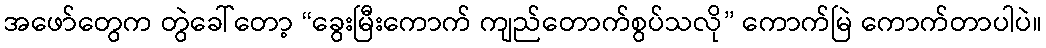
အဖော်တွေက တွဲခေါ်တော့ “ခွေးမြီးကောက် ကျည်တောက်စွပ်သလို” ကောက်မြဲ ကောက်တာပါပဲ။